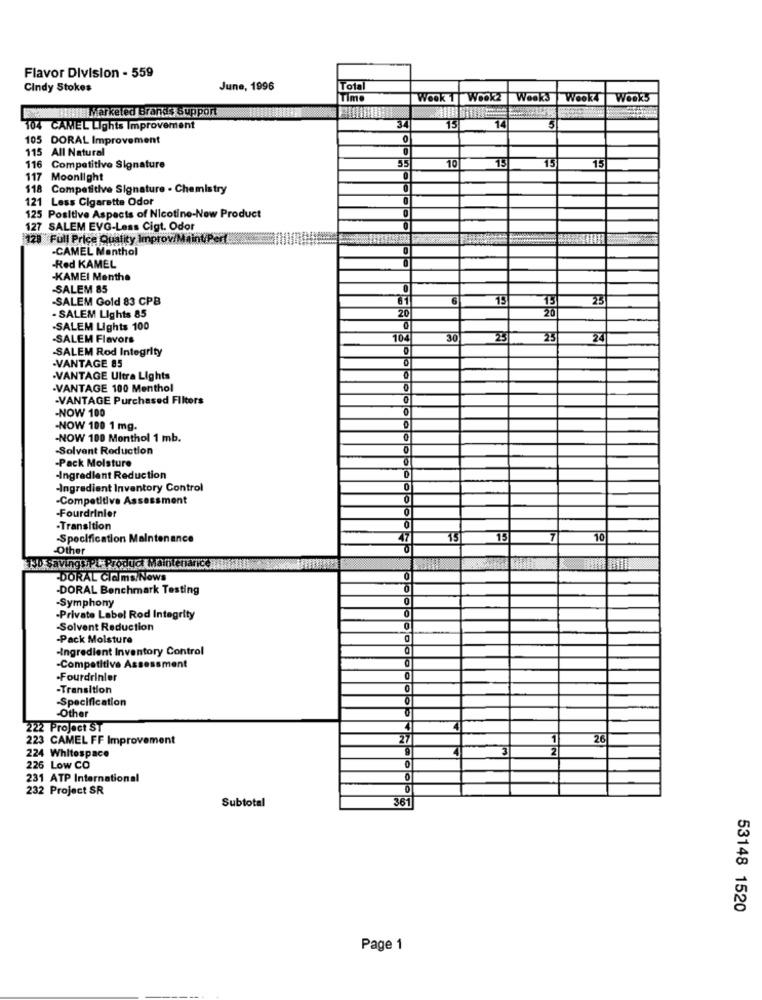
Flavor Division - 559
Cindy Stokes
June, 1996
Total
Time
Wook 1 Wook2
Weeks
Wook4
Weeks
HEMarketed Brands support
14
5
104 CAMEL Lights Improvement
34
15
105 DORAL Improvement
115 All Natural
10
15
15
15
116 Competitive Signature
Moonlight
0
$18 Competitive Signature . Chemistry
0
121 Less Cigarette Odor
125 Positive Aspects of Nicotine-New Product
127 SALEM EVG-Less Cigt. Odor
128 Full Price Quality Improv/Maint/Pert
-CAMEL Menthol
-Red KAMEL
-KAMEI Menthe
-SALEM 85
-SALEM Gold 83 CPB
6
15
15
25
20
20
- SALEM Lights 85
-SALEM Lights 100
-SALEM Flavors
10
30
23
25
24
-SALEM Rod Integrity
-VANTAGE 85
.VANTAGE Ultra Lights
.VANTAGE 100 Menthol
-VANTAGE Purchased Filters
-NOW 100
-NOW 100 1 mg.
-NOW 100 Menthol 1 mb.
-Solvent Reduction
-Pack Moisture
-Ingredient Reduction
-Ingredient Inventory Control
-Competitive Assessment
-Fourdrinier
-Transition
-Specification Maintenance
15
15
7
10
-Other
130 savings
dt Maintenance
-DORAL Claims/Nows
0
-DORAL Benchmark Testing
-Symphony
-Private Label Rod Integrity
Solvent Reduction
-Pack Molsture
-Ingredient Inventory Control
-Competitive Assessment
-Fourdrinier
-Transition
-Specification
-Other
222 Project ST
223 CAMEL FF Improvement
2
1
26
224 Whitespace
2
0
226 Low CO
231 ATP International
0
232 Project SR
Olo
Subtotal
361
53148 1520
Page 1